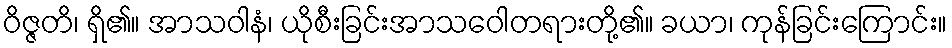
ဝိဇ္ဇတိ၊ ရှိ၏။ အာသဝါနံ၊ ယိုစီးခြင်းအာသဝေါတရားတို့၏။ ခယာ၊ ကုန်ခြင်းကြောင်း။